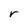
Character: r